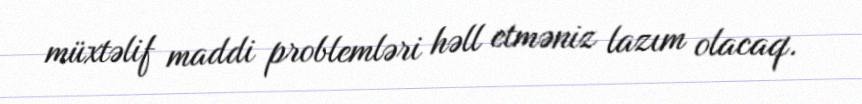
müxtəlif maddi problemləri həll etməniz lazım olacaq.